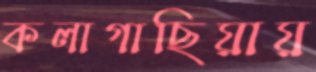
কলাগাছিয়ায়